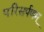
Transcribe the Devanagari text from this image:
परिसर्पणम्